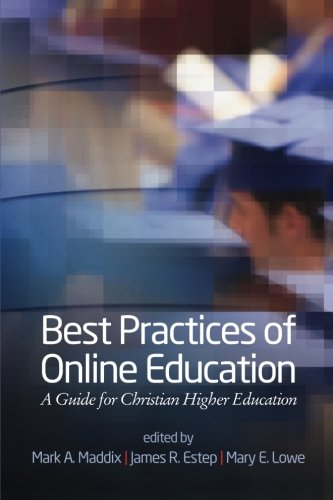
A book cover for Best Practices of Online Education: A Guide for Christian Higher Education; Education & Teaching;